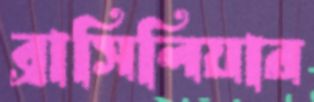
ব্রাসিলিয়ার